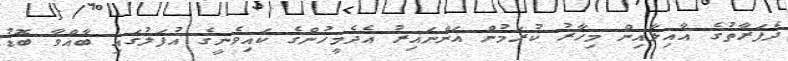
ދެފަރާތުގެ އާއިލާއިން މިހާރު ކުރަމުން އަންނައިރު އެދެމީހުންގެ ކައިވެނީގެ އުފަލުގައި ބާއްވާ ބޮޑު